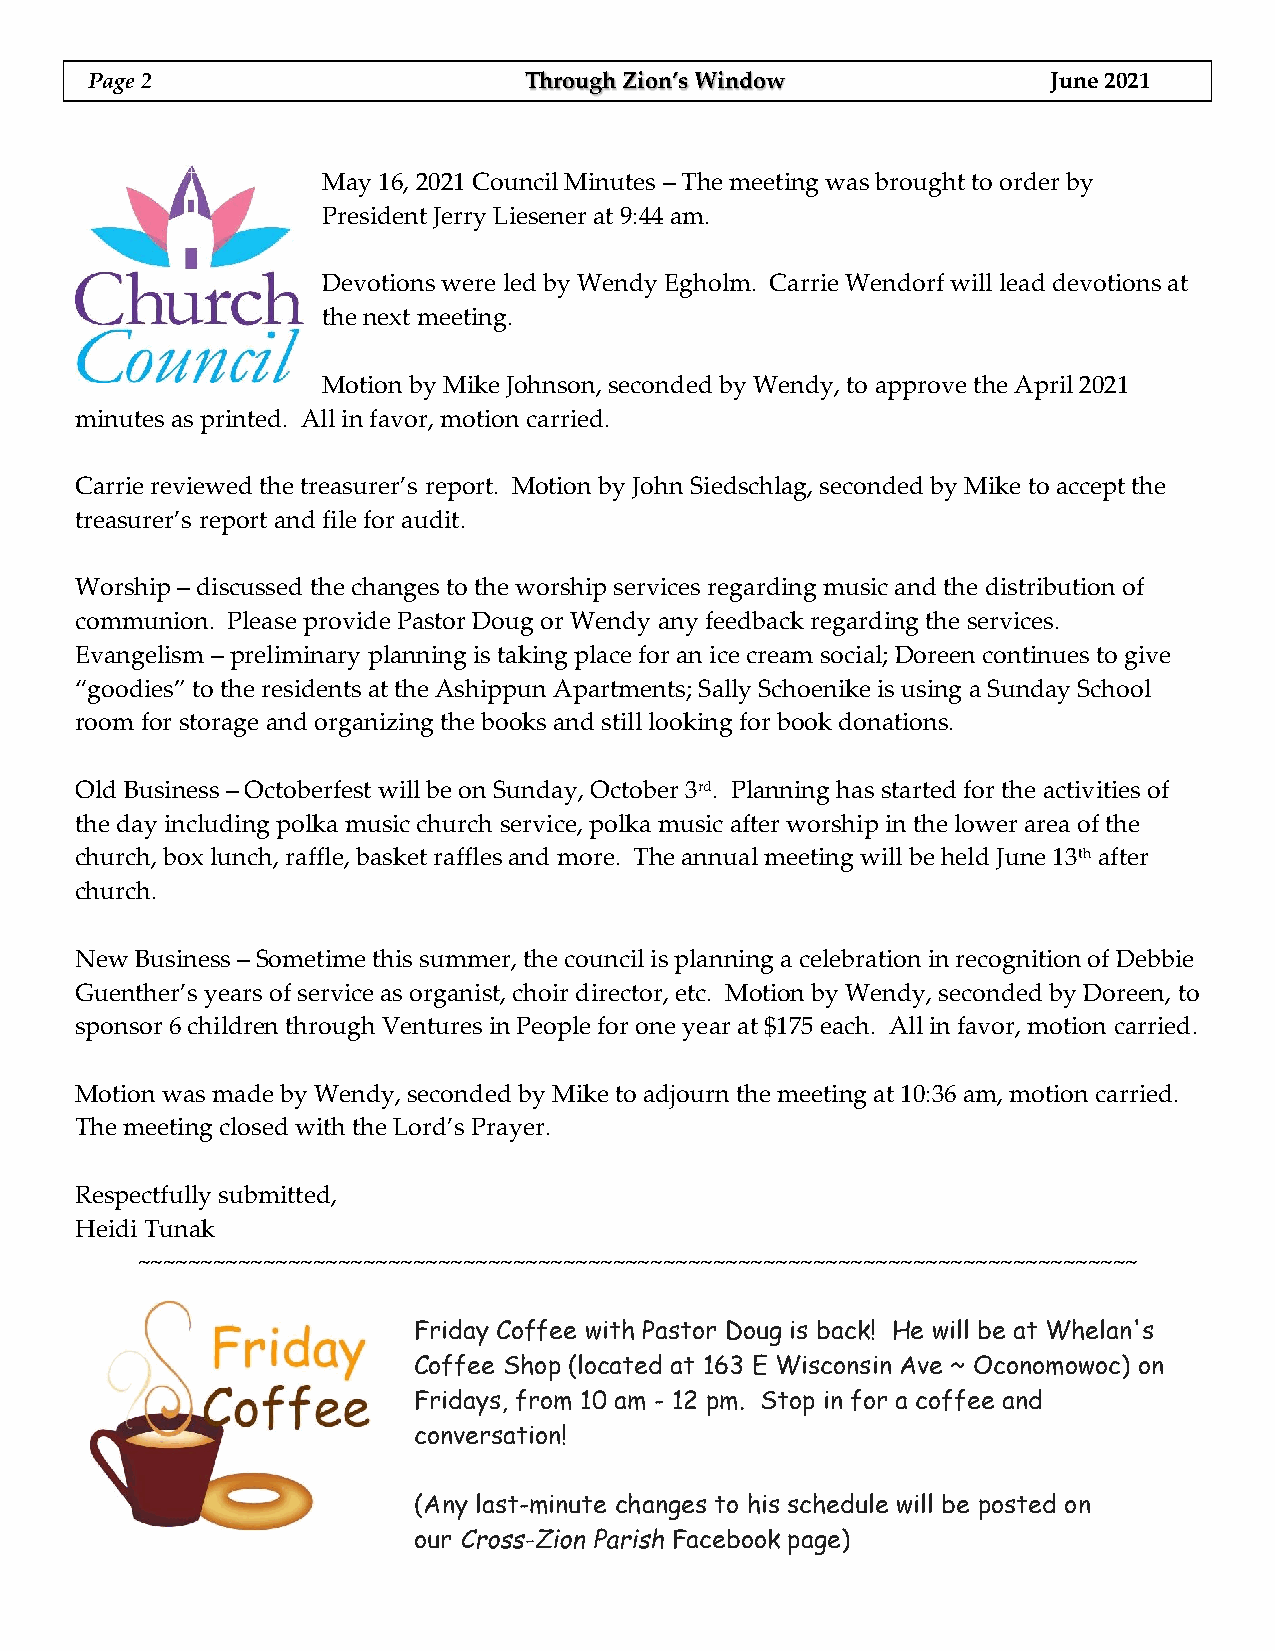
Page 2                       Through Zion’s Window              June 2021
 May 16, 2021 Council Minutes – The meeting was brought to order by
 President Jerry Liesener at 9:44 am.
 Devotions were led by Wendy Egholm. Carrie Wendorf will lead devotions at
 the next meeting.
 Motion by Mike Johnson, seconded by Wendy, to approve the April 2021
 minutes as printed. All in favor, motion carried.
 Carrie reviewed the treasurer’s report. Motion by John Siedschlag, seconded by Mike to accept the
 treasurer’s report and file for audit.
 Worship – discussed the changes to the worship services regarding music and the distribution of
 communion. Please provide Pastor Doug or Wendy any feedback regarding the services.
 Evangelism – preliminary planning is taking place for an ice cream social; Doreen continues to give
 “goodies” to the residents at the Ashippun Apartments; Sally Schoenike is using a Sunday School
 room for storage and organizing the books and still looking for book donations.
 Old Business – Octoberfest will be on Sunday, October 3rd. Planning has started for the activities of
 the day including polka music church service, polka music after worship in the lower area of the
 church, box lunch, raffle, basket raffles and more. The annual meeting will be held June 13th after
 church.
 New Business – Sometime this summer, the council is planning a celebration in recognition of Debbie
 Guenther’s years of service as organist, choir director, etc. Motion by Wendy, seconded by Doreen, to
 sponsor 6 children through Ventures in People for one year at $175 each. All in favor, motion carried.
 Motion was made by Wendy, seconded by Mike to adjourn the meeting at 10:36 am, motion carried.
 The meeting closed with the Lord’s Prayer.
 Respectfully submitted,
 Heidi Tunak
 ~~~~~~~~~~~~~~~~~~~~~~~~~~~~~~~~~~~~~~~~~~~~~~~~~~~~~~~~~~~~~~~~~~~~~~~~~~~~~~~~
 Friday Coffee with Pastor Doug is back! He will be at Whelan's
 Coffee Shop (located at 163 E Wisconsin Ave ~ Oconomowoc) on
 Fridays, from 10 am - 12 pm. Stop in for a coffee and
 conversation!
 (Any last-minute changes to his schedule will be posted on
 our Cross-Zion Parish Facebook page)